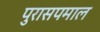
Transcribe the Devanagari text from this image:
पुरासपमाल